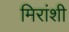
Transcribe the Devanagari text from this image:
मिरांशी